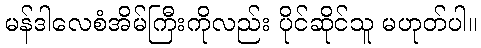
မန်ဒါလေစံအိမ်ကြီးကိုလည်း ပိုင်ဆိုင်သူ မဟုတ်ပါ။